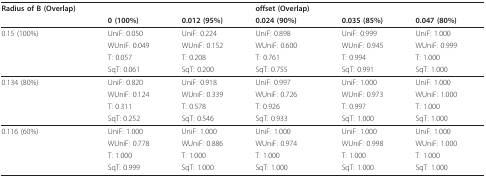
<table><thead><tr><td><b>Radius of B (Overlap)</b></td><td></td><td></td><td><b>offset (Overlap)</b></td><td></td><td></td></tr><tr><td></td><td><b>0 (100%)</b></td><td><b>0.012 (95%)</b></td><td><b>0.024 (90%)</b></td><td><b>0.035 (85%)</b></td><td><b>0.047 (80%)</b></td></tr></thead><tbody><tr><td>0.15 (100%)</td><td>UniF: 0.050</td><td>UniF: 0.224</td><td>UniF: 0.898</td><td>UniF: 0.999</td><td>UniF: 1.000</td></tr><tr><td></td><td>WUniF: 0.049</td><td>WUniF: 0.152</td><td>WUniF: 0.600</td><td>WUniF: 0.945</td><td>WUniF: 0.999</td></tr><tr><td></td><td>T: 0.057</td><td>T: 0.208</td><td>T: 0.761</td><td>T: 0.994</td><td>T: 1.000</td></tr><tr><td></td><td>SqT: 0.061</td><td>SqT: 0.200</td><td>SqT: 0.755</td><td>SqT: 0.991</td><td>SqT: 1.000</td></tr><tr><td>0.134 (80%)</td><td>UniF: 0.820</td><td>UniF: 0.918</td><td>UniF: 0.997</td><td>UniF: 1.000</td><td>UniF: 1.000</td></tr><tr><td></td><td>WUniF: 0.124</td><td>WUniF: 0.339</td><td>WUniF: 0.726</td><td>WUniF: 0.973</td><td>WUniF: 1.000</td></tr><tr><td></td><td>T: 0.311</td><td>T: 0.578</td><td>T: 0.926</td><td>T: 0.997</td><td>T: 1.000</td></tr><tr><td></td><td>SqT: 0.252</td><td>SqT: 0.546</td><td>SqT: 0.933</td><td>SqT: 1.000</td><td>SqT: 1.000</td></tr><tr><td>0.116 (60%)</td><td>UniF: 1.000</td><td>UniF: 1.000</td><td>UniF: 1.000</td><td>UniF: 1.000</td><td>UniF: 1.000</td></tr><tr><td></td><td>WUniF: 0.778</td><td>WUniF: 0.886</td><td>WUniF: 0.974</td><td>WUniF: 0.998</td><td>WUniF: 1.000</td></tr><tr><td></td><td>T: 1.000</td><td>T: 1.000</td><td>T: 1.000</td><td>T: 1.000</td><td>T: 1.000</td></tr><tr><td></td><td>SqT: 0.999</td><td>SqT: 1.000</td><td>SqT: 1.000</td><td>SqT: 1.000</td><td>SqT: 1.000</td></tr></tbody></table>